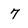
Character: 7